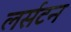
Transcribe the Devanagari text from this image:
लर्सटन